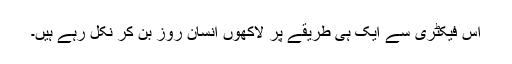
اس فیکٹری سے ایک ہی طریقے پر لاکھوں انسان روز بن کر نکل رہے ہیں۔